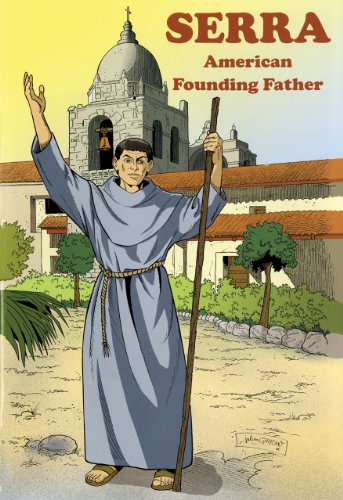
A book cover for Serra: American Founding Father; Roy Gasnick O.F.M.; Comics & Graphic Novels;